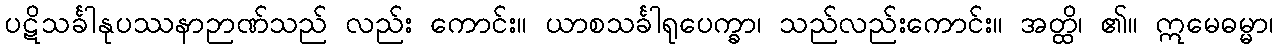
ပဋိသင်္ခါနုပဿနာဉာဏ်သည် လည်း ကောင်း။ ယာစသင်္ခါရုပေက္ခာ၊ သည်လည်းကောင်း။ အတ္ထိ၊ ၏။ ဣမေဓမ္မာ၊